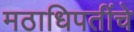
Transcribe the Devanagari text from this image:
मठाधिपतींचे